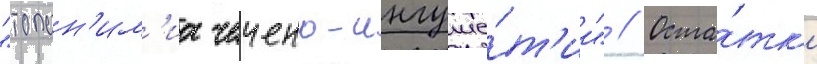
"топон'им'иа чечено-ингуше́т'ии" // Оста́тк'и